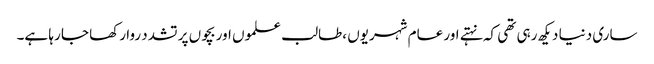
ساری دنیا دیکھ رہی تھی کہ نہتے اور عام شہریوں ،طالب علموں اور بچوں پر تشدد روا رکھا جا رہا ہے۔